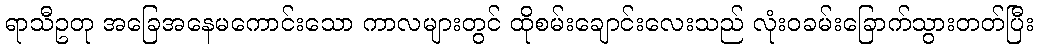
ရာသီဥတု အခြေအနေမကောင်းသော ကာလများတွင် ထိုစမ်းချောင်းလေးသည် လုံးဝခမ်းခြောက်သွားတတ်ပြီး